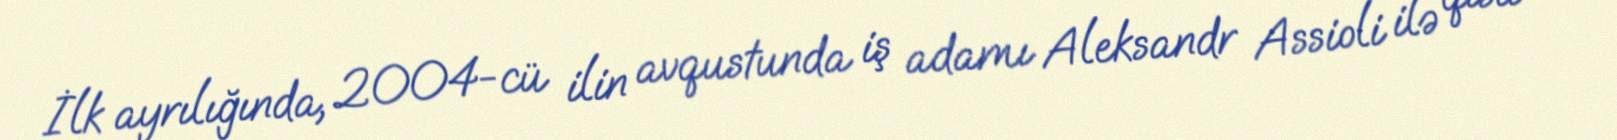
İlk ayrılığında, 2004-cü ilin avqustunda iş adamı Aleksandr Assioli ilə qısa